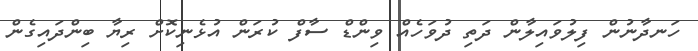
ހަނދާނުން ފިލުވައިލާން ދަތި ދުވަހެއް ވިންޑް ސާފް ކުރަން އުޅެނިކޮށް ރިޔާ ބިންދައިގެން